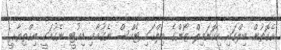
އެގޮތުން ބިލްގައި އިކޮނަމިލް ޒޯންގެ ބިލްގައި ޓެކްސް ނެގުމާއި ޑިއުޓީ ނެގުމަކީ އިޙްތިޔާރީ